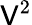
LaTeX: \mathsf{V}^{2}